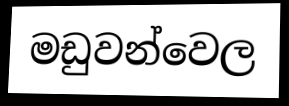
මඩුවන්වෙල